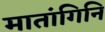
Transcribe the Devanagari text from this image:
मातांगिनि